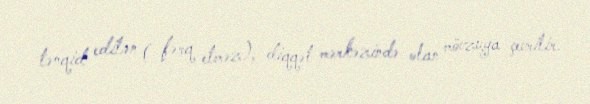
tənqid edilən ( fərq etməz), diqqət mərkəzində olan mövzuya çevrilir.